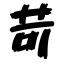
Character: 苛